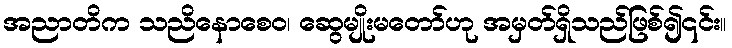
အညာတိက သညိနောစေဝ၊ ဆွေမျိုးမတော်ဟု အမှတ်ရှိသည်ဖြစ်၍၎င်း။